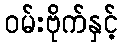
ဝမ်းဗိုက်နှင့်